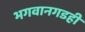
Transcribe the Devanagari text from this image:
भगवानगडही